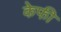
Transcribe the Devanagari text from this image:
केफी